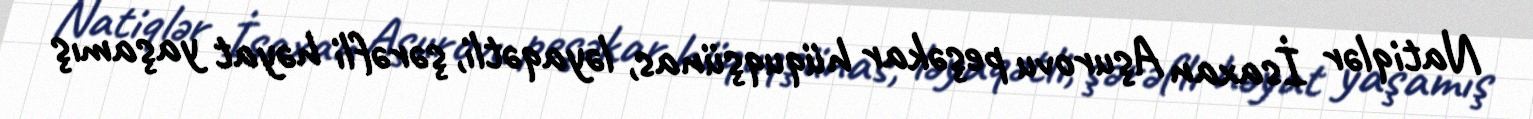
Natiqlər İsaxan Aşurovu peşəkar hüquqşünas, ləyaqətli, şərəfli həyat yaşamış